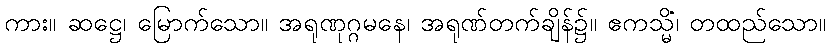
ကား။ ဆဋ္ဌေ၊ မြောက်သော။ အရုဏုဂ္ဂမနေ၊ အရုဏ်တက်ချိန်၌။ ဧကသ္မိံ၊ တထည်သော။